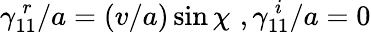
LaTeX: \gamma_{11}^{\, r}/a=(v/a)\sin\chi\, \, ,\gamma_{11}^{\, i}/a=0